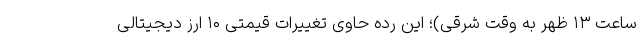
ساعت ۱۳ ظهر به وقت شرقی)؛ این رده حاوی تغییرات قیمتی ۱۰ ارز دیجیتالی